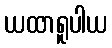
ယထာရူပါယ